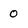
Character: 0